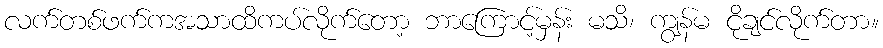
လက်တစ်ဖက်ကအသာထိကပ်လိုက်တော့ ဘာကြောင့်မှန်း မသိ၊ ကျွန်မ ငိုချင်လိုက်တာ။